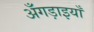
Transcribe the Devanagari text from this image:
अँगड़ाइयाँ